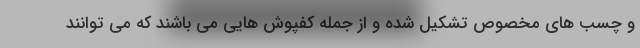
و چسب های مخصوص تشکیل شده و از جمله کفپوش هایی می باشند که می توانند